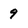
Character: 9